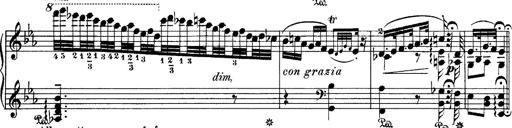
Title: Hungarian Rhapsody No.4
Composer: Franz Liszt
Key: E-flat major